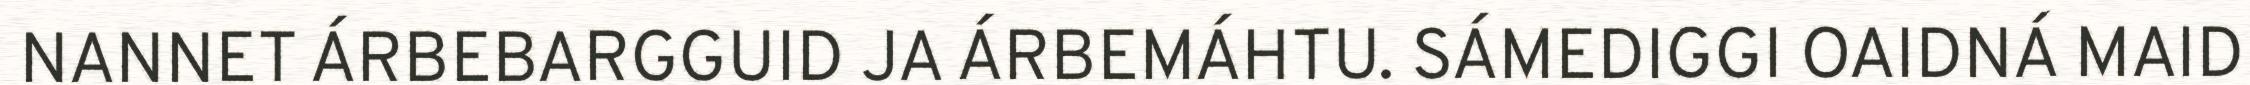
NANNET ÁRBEBARGGUID JA ÁRBEMÁHTU. SÁMEDIGGI OAIDNÁ MAID